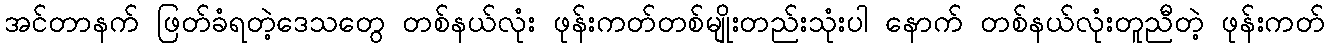
အင်တာနက် ဖြတ်ခံရတဲ့ဒေသတွေ တစ်နယ်လုံး ဖုန်းကတ်တစ်မျိုးတည်းသုံးပါ နောက် တစ်နယ်လုံးတူညီတဲ့ ဖုန်းကတ်